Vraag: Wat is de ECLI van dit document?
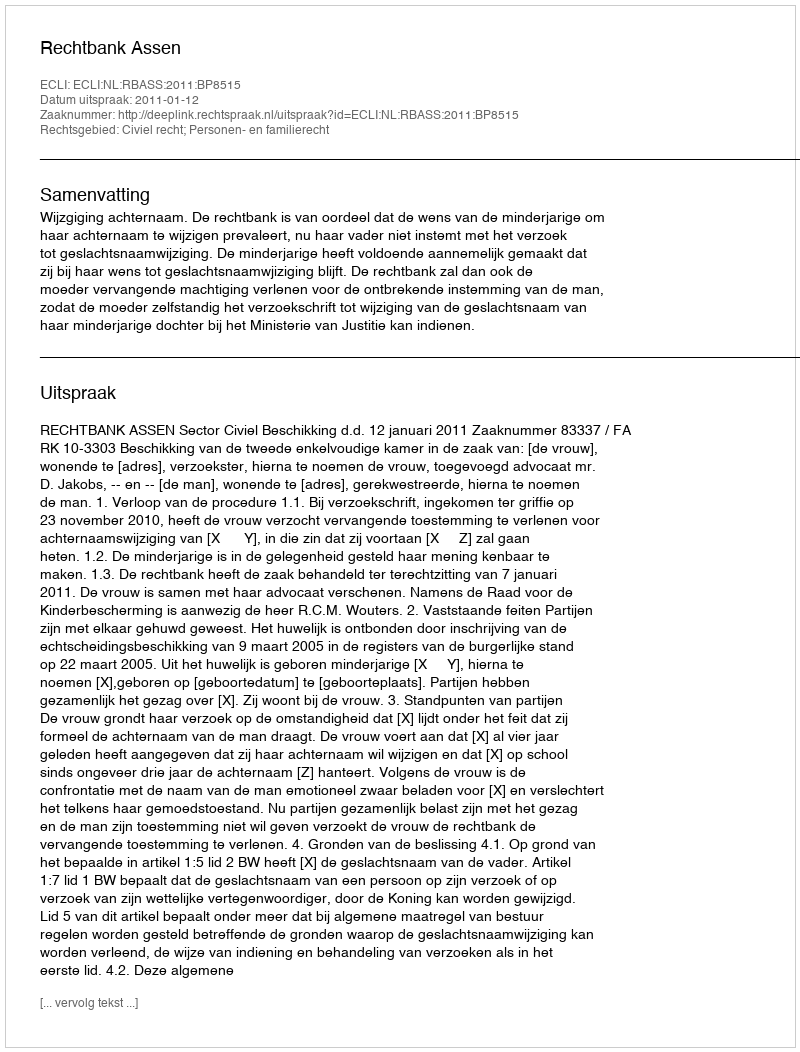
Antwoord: ECLI:NL:RBASS:2011:BP8515